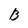
Character: B